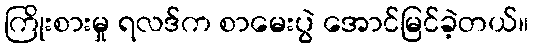
ကြိုးစားမှု ရလဒ်က စာမေးပွဲ အောင်မြင်ခဲ့တယ်။